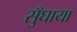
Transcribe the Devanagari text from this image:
सुँघाया